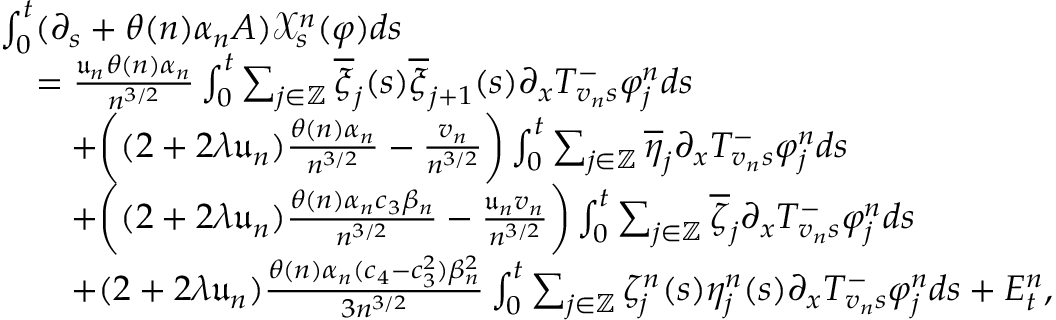
\begin{array} { r l } & { \int _ { 0 } ^ { t } ( \partial _ { s } + \theta ( n ) \alpha _ { n } A ) \mathcal { X } _ { s } ^ { n } ( \varphi ) d s } \\ & { \quad = \frac { \mathfrak { u } _ { n } \theta ( n ) \alpha _ { n } } { n ^ { 3 / 2 } } \int _ { 0 } ^ { t } \sum _ { j \in \mathbb { Z } } \overline { { \xi } } _ { j } ( s ) \overline { { \xi } } _ { j + 1 } ( s ) \partial _ { x } T _ { v _ { n } s } ^ { - } \varphi _ { j } ^ { n } d s } \\ & { \qquad + \bigg ( ( 2 + 2 \lambda \mathfrak { u } _ { n } ) \frac { \theta ( n ) \alpha _ { n } } { n ^ { 3 / 2 } } - \frac { v _ { n } } { n ^ { 3 / 2 } } \bigg ) \int _ { 0 } ^ { t } \sum _ { j \in \mathbb { Z } } \overline { { \eta } } _ { j } \partial _ { x } T _ { v _ { n } s } ^ { - } \varphi _ { j } ^ { n } d s } \\ & { \qquad + \bigg ( ( 2 + 2 \lambda \mathfrak { u } _ { n } ) \frac { \theta ( n ) \alpha _ { n } c _ { 3 } \beta _ { n } } { n ^ { 3 / 2 } } - \frac { \mathfrak { u } _ { n } v _ { n } } { n ^ { 3 / 2 } } \bigg ) \int _ { 0 } ^ { t } \sum _ { j \in \mathbb { Z } } \overline { { \zeta } } _ { j } \partial _ { x } T _ { v _ { n } s } ^ { - } \varphi _ { j } ^ { n } d s } \\ & { \qquad + ( 2 + 2 \lambda \mathfrak { u } _ { n } ) \frac { \theta ( n ) \alpha _ { n } ( c _ { 4 } - c _ { 3 } ^ { 2 } ) \beta _ { n } ^ { 2 } } { 3 n ^ { 3 / 2 } } \int _ { 0 } ^ { t } \sum _ { j \in \mathbb { Z } } \zeta _ { j } ^ { n } ( s ) \eta _ { j } ^ { n } ( s ) \partial _ { x } T _ { v _ { n } s } ^ { - } \varphi _ { j } ^ { n } d s + E _ { t } ^ { n } , } \end{array}